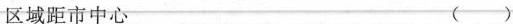
区域距市中心（）